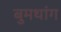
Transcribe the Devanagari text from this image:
बुमथांग